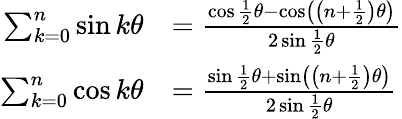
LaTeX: {\begin{array}{rl}{\sum_{k=0}^{n}\sin k\theta}&{={\frac{\cos{\frac{1}{2}}\theta-\cos\left(\left(n+{\frac{1}{2}}\right)\theta\right)}{2\sin{\frac{1}{2}}\theta}}}\\ {\sum_{k=0}^{n}\cos k\theta}&{={\frac{\sin{\frac{1}{2}}\theta+\sin\left(\left(n+{\frac{1}{2}}\right)\theta\right)}{2\sin{\frac{1}{2}}\theta}}}\end{array}}